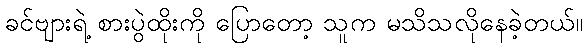
ခင်ဗျားရဲ့ စားပွဲထိုးကို ပြောတော့ သူက မသိသလိုနေခဲ့တယ်။